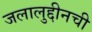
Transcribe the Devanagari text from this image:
जलालुद्दीनची